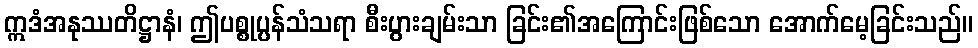
ဣဒံအနုဿတိဋ္ဌာနံ၊ ဤပစ္စုပ္ပန်သံသရာ စီးပွားချမ်းသာ ခြင်း၏အကြောင်းဖြစ်သော အောက်မေ့ခြင်းသည်။